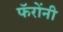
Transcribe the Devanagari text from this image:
फॅरोंनी